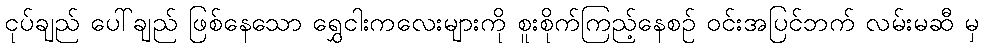
ငုပ်ချည် ပေါ်ချည် ဖြစ်နေသော ရွှေငါးကလေးများကို စူးစိုက်ကြည့်နေစဉ် ဝင်းအပြင်ဘက် လမ်းမဆီ မှ